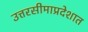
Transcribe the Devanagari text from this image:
उत्तरसीमाप्रदेशात